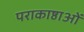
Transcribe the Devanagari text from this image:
पराकाष्ठाओं